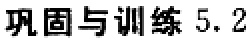
巩固与训练 5.2